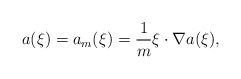
\begin{align*}a(\xi)=a_m(\xi)=\frac1m\xi\cdot\nabla a(\xi),\end{align*}